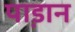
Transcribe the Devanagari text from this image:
पा़डान